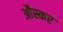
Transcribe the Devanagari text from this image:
औस्कर